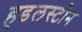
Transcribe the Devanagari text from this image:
हडलस्टोन